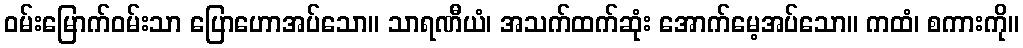
ဝမ်းမြောက်ဝမ်းသာ ပြောဟောအပ်သော။ သာရဏီယံ၊ အသက်ထက်ဆုံး အောက်မေ့အပ်သော။ ကထံ၊ စကားကို။